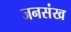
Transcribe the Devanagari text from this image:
जनसंख